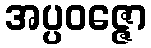
အပ္ပဝဇ္ဇော